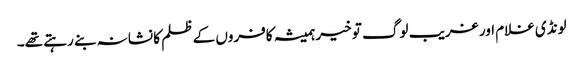
لونڈی غلام اور غریب لوگ تو خیر ہمیشہ کافروں کے ظلم کا نشانہ بنے رہتے تھے۔